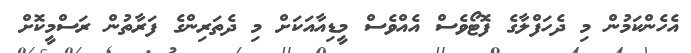
އެހެންކަމުން މި ދެހަފްލާގެ ފޮޓޯވެސް އެއްވެސް މީޑިއާއަކަށް މި ދެތަރިންގެ ފަރާތުން ރަސްމީކޮށް